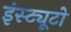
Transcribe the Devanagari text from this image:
इंस्ट्यूटो